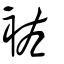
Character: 袏